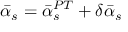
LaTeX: \bar { \alpha } _ { s } = \bar { \alpha } _ { s } ^ { P T } + \delta \bar { \alpha } _ { s }